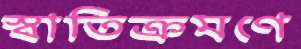
স্বাতিক্রমণে